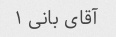
آقای بانی ۱